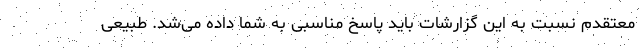
معتقدم نسبت به این گزارشات باید پاسخ مناسبی به شما داده می‌شد. طبیعی